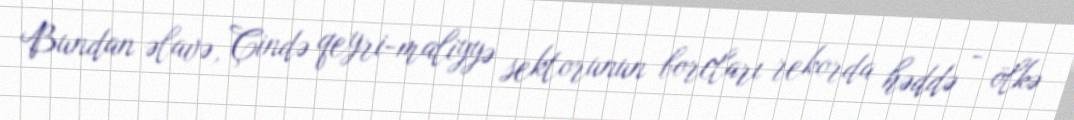
Bundan əlavə, Çində qeyri-maliyyə sektorunun borcları rekorda həddə - ölkə